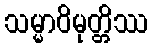
သမ္မာဝိမုတ္တိဿ